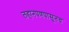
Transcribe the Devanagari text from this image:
लहानपणपासूनच